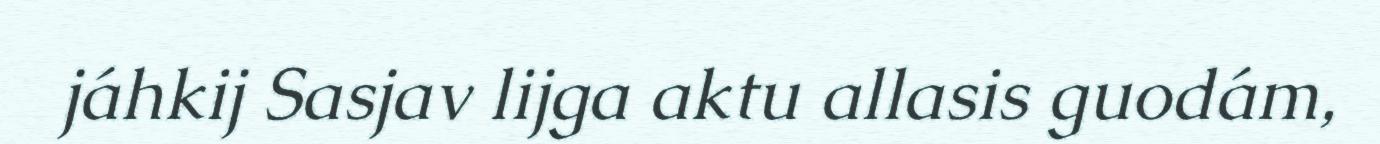
jáhkij Sasjav lijga aktu allasis guodám,